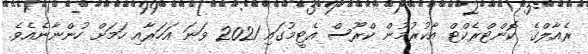
ރެއާލްގެ ކޮންޓްރެކްޓް އާކުރުމުން ކްރޫސް އެޓީމުގައި 2021 ވަނަ އަހަރާއި ހަމަށް ހުންނާނެއެވެ.